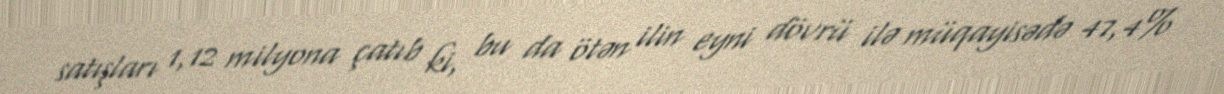
satışları 1,12 milyona çatıb ki, bu da ötən ilin eyni dövrü ilə müqayisədə 47,4%